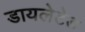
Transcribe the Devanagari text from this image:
डायलेटेड